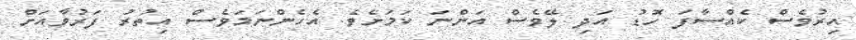
އިރުވެސް ކެއްސާފަ ހޮޑު އަދި ލޭވެސް އަންނަ ކަމަށެވެ. އެހެންނަމަވެސް އިތުރު ފަރުވާއަށް